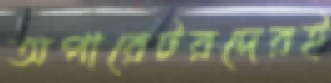
অপারেটরদেরই